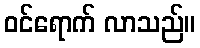
ဝင်ရောက် လာသည်။